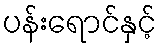
ပန်းရောင်နှင့်